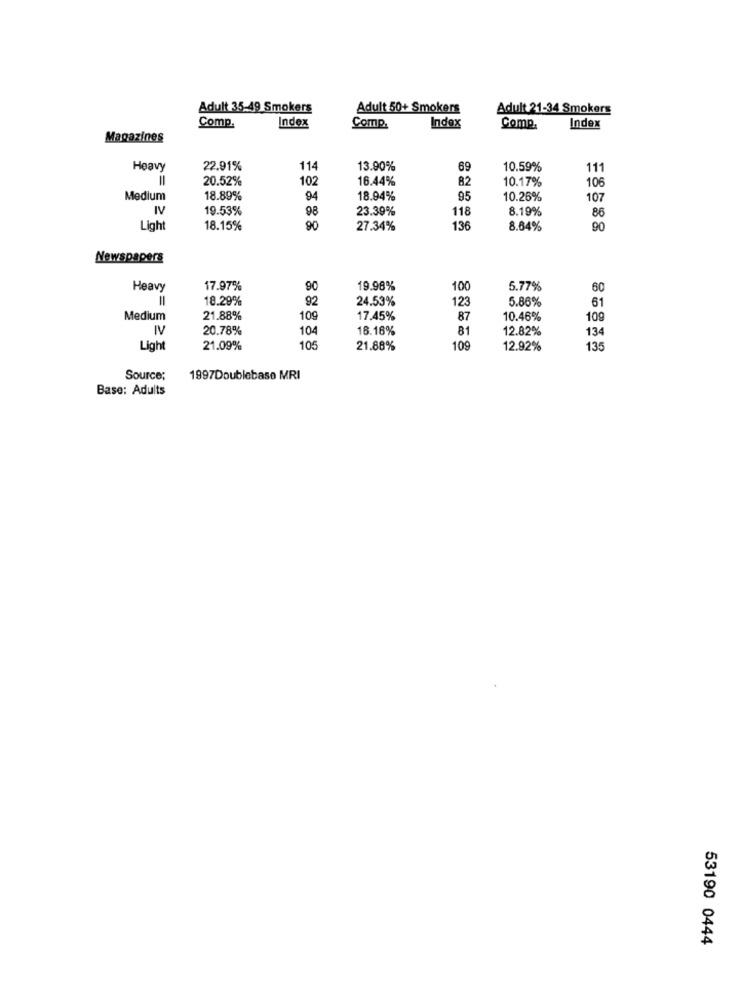
Adult 35-49 Smokers
Adult 50+ Smokers
Adult 21-34 Smokers
Index
Comp.
Index
Comp.
Comp.
Index
Magazines
Heavy
22.91%
114
13.90%
69
10.59%
111
20.52%
102
16.44%
82
10.17%
106
Medium
18.89%
94
18.94%
95
10.26%
107
IV
19.53%
98
23.39%
118
8.19%
86
Light
18.15%
90
27.34%
136
8.64%
90
Newspapers
Heavy
17.97%
90
19.98%
100
5.77%
60
18.29%
92
24.53%
123
5.86%
61
Medium
21.88%
10g
17.45%
87
10.46%
109
IV
20.78%
104
16.16%
81
12.82%
134
Light
21.09%
105
21.88%
109
12.92%
135
Source;
1997Doublebase MRI
Base: Adults
53190 0444